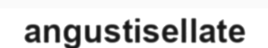
angustisellate